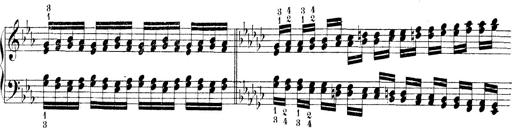
Title: Technische Studien
Composer: Franz Liszt